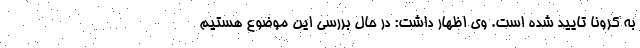
به کرونا تایید شده است. وی اظهار داشت: در حال بررسی این موضوع هستیم